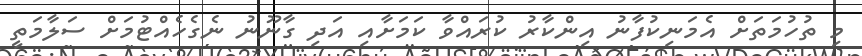
މި ތުހުމަތަށް އެމަނިކުފާނު އިންކާރު ކުރައްވާ ކަމަށާއި އަދި ގާނޫނު ނެގެހެއްޓުމަށް ސަލާމަތީ